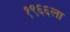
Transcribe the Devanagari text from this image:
१९६६ला